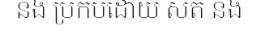
និង ប្រកបដោយ សតិ និង